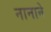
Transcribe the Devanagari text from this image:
नानाने